Physiological action of certain drugs in tablet form - Number 52A
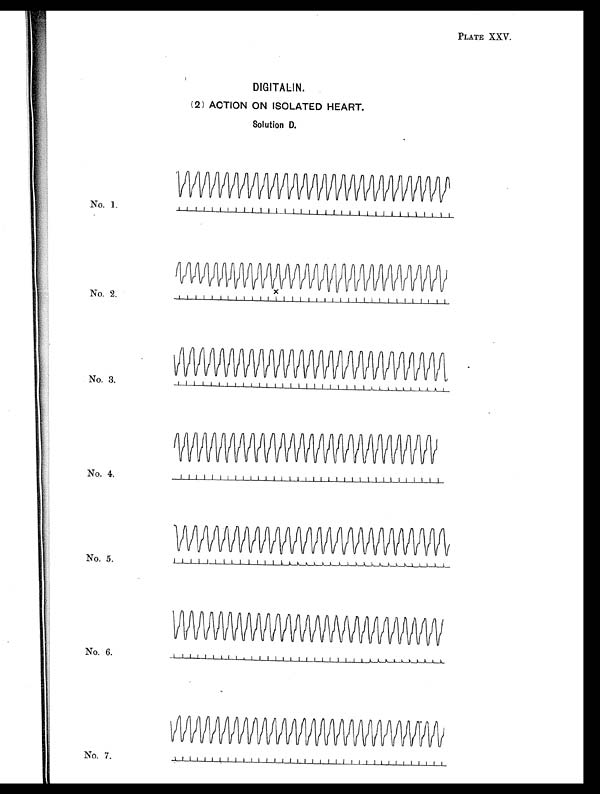
X
No. 2.
PLATE XXV.
DIGITALIN.
(2) ACTION ON ISOLATED HEART.
Solution D.
No. 1.
No. 3.
No. 4.
No. 5.
No. 6.
No. 7.